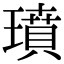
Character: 𤩳